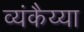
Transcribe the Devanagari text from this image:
व्यंकैय्या